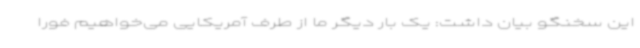
این سخنگو بیان داشت: یک بار دیگر ما از طرف آمریکایی می‌خواهیم فورا